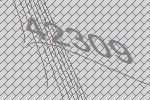
42309